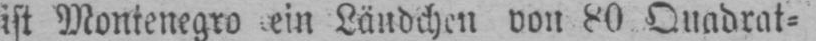
ist Montenegro ein Ländchen von 80 Quadrat⸗